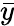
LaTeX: \bar{y}